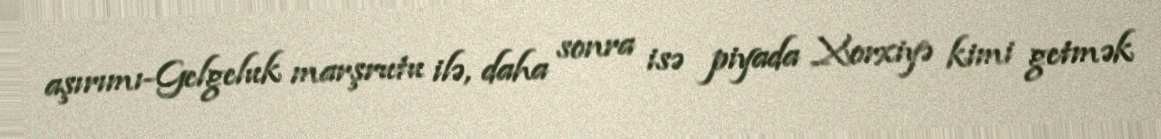
aşırımı-Gelgeluk marşrutu ilə, daha sonra isə piyada Xorxiyə kimi getmək